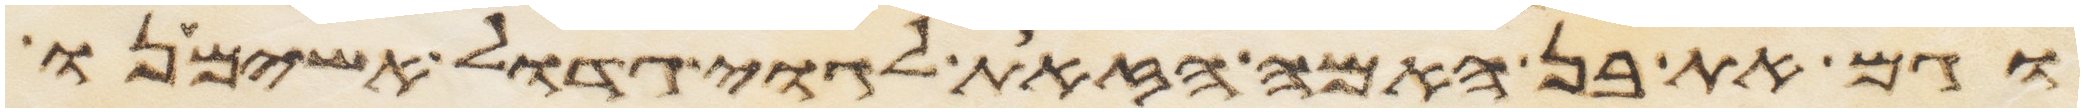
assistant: וגם את בן האמה הזאת לגוי גדול אשימנו